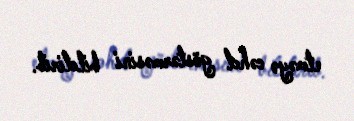
etməyə cəhd göstərməsini bildirib.